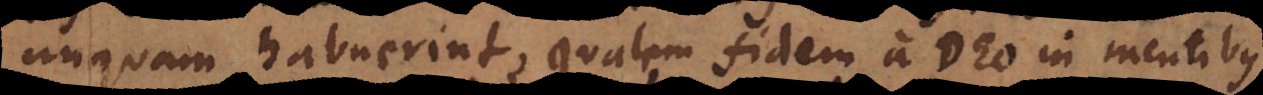
unquam habuerint, qualem fidem a Deo in mentibus